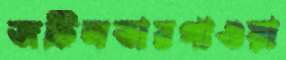
জটিলতারপাওয়া